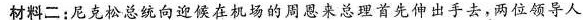
材料二：尼克松总统向迎候在机场的周恩来总理首先伸出手去，两位领导人